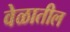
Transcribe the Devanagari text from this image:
वेळातील